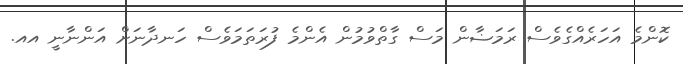
ކޮންމެ އަހަރެއްގެވެސް ރަމަޟާން މަސް ގާތްވުމުން އެންމެ ފުރަތަމަވެސް ހަނދާނަށް އަންނާނީ އއ.